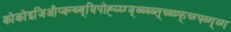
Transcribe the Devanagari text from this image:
कोकोइजिऔप्क्न्ब्ब्यिपोह्य्य्ग्य्व्ब्ब्व्त्च्व्त्र्फ्च्ग्फ्व्ग्व्ग